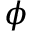
\phi